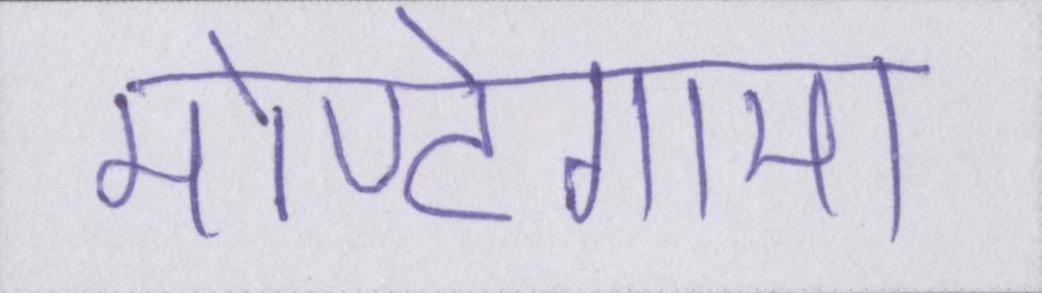
मोण्टेगामा